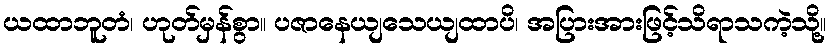
ယထာဘူတံ၊ ဟုတ်မှန်စွာ။ ပဇာနေယျသေယျထာပိ၊ အပြားအားဖြင့်သိရာသကဲ့သို့။